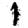
Digit: 1